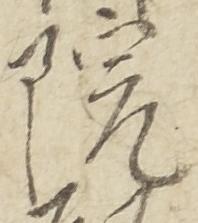
院